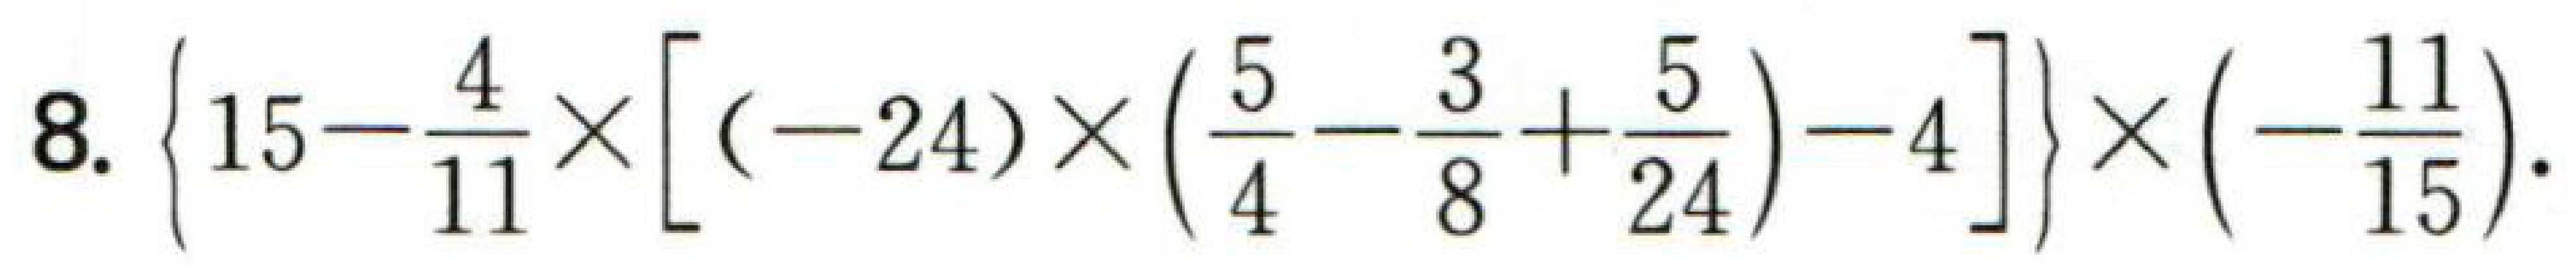
8. $\left\{15 - \frac{4}{11}\times\left[(-24)\times\left(\frac{5}{4}-\frac{3}{8}+\frac{5}{24}\right)-4\right]\right\}\times\left(-\frac{11}{15}\right)$.